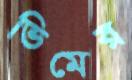
ভিমের